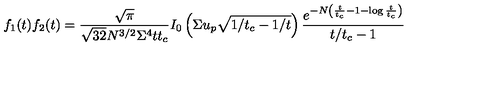
f _ { 1 } ( t ) f _ { 2 } ( t ) = \frac { \sqrt { \pi } } { \sqrt { 3 2 } N ^ { 3 / 2 } \Sigma ^ { 4 } t t _ { c } } I _ { 0 } \left( \Sigma u _ { p } \sqrt { 1 / t _ { c } - 1 / t } \right) \frac { e ^ { - N \left( \frac { t } { t _ { c } } - 1 - \log \frac { t } { t _ { c } } \right) } } { t / t _ { c } - 1 }